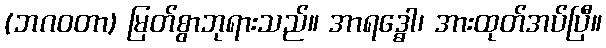
(ဘဂဝတာ) မြတ်စွာဘုရားသည်။ အာရဒ္ဓေါ၊ အားထုတ်အပ်ပြီ။